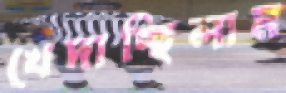
খেদাচ্ছিলাম